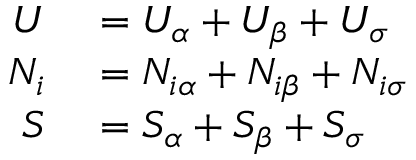
\begin{array} { r l } { U } & { { } = U _ { \alpha } + U _ { \beta } + U _ { \sigma } } \\ { N _ { i } } & { { } = N _ { i \alpha } + N _ { i \beta } + N _ { i \sigma } } \\ { S } & { { } = S _ { \alpha } + S _ { \beta } + S _ { \sigma } } \end{array}